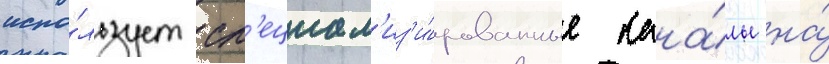
испо́льзует сп'ециал'из'и́рованные кана́лы на́